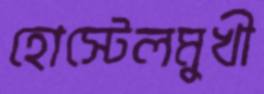
হোস্টেলমুখী